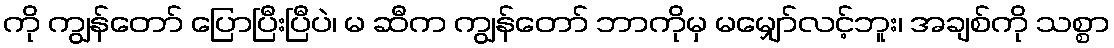
ကို ကျွန်တော် ပြောပြီးပြီပဲ၊ မ ဆီက ကျွန်တော် ဘာကိုမှ မမျှော်လင့်ဘူး၊ အချစ်ကို သစ္စာ